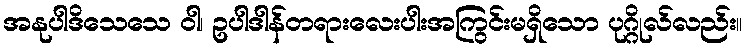
အနုပါဒိသေသေ ဝါ၊ ဥပါဒါန်တရားလေးပါးအကြွင်းမရှိသော ပုဂ္ဂိုလ်လည်း။